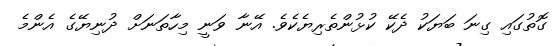
ގޮތުގައި ގިނަ ބަޔަކު ދެކޭ ކުޅުންތެރިޔެކެވެ. އޭނާ ވަނީ މިހާތަނަށް ދުނިޔޭގެ އެންމެ